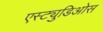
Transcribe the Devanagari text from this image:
एस्ट्युडिओस